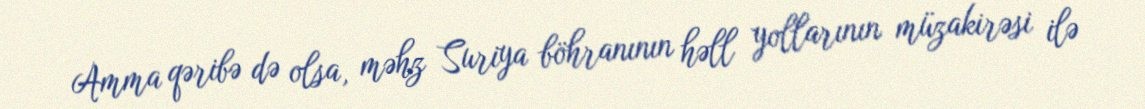
Amma qəribə də olsa, məhz Suriya böhranının həll yollarının müzakirəsi ilə